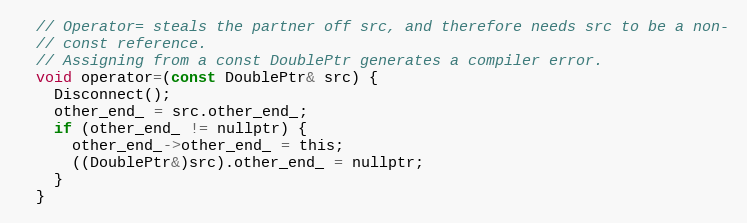
Language: C
  // Operator= steals the partner off src, and therefore needs src to be a non-
  // const reference.
  // Assigning from a const DoublePtr generates a compiler error.
  void operator=(const DoublePtr& src) {
    Disconnect();
    other_end_ = src.other_end_;
    if (other_end_ != nullptr) {
      other_end_->other_end_ = this;
      ((DoublePtr&)src).other_end_ = nullptr;
    }
  }